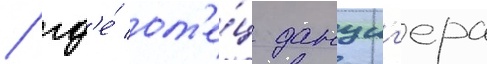
/ гд'е́ от'е́ц данциг'ера